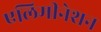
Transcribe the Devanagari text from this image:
एलिमीनेशन